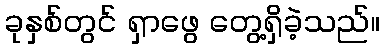
ခုနှစ်တွင် ရှာဖွေ တွေ့ရှိခဲ့သည်။